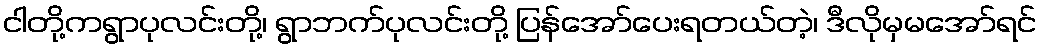
ငါတို့ကရွာပုလင်းတို့၊ ရွာဘက်ပုလင်းတို့ ပြန်အော်ပေးရတယ်တဲ့၊ ဒီလိုမှမအော်ရင်